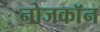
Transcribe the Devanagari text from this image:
नोजकाॅन